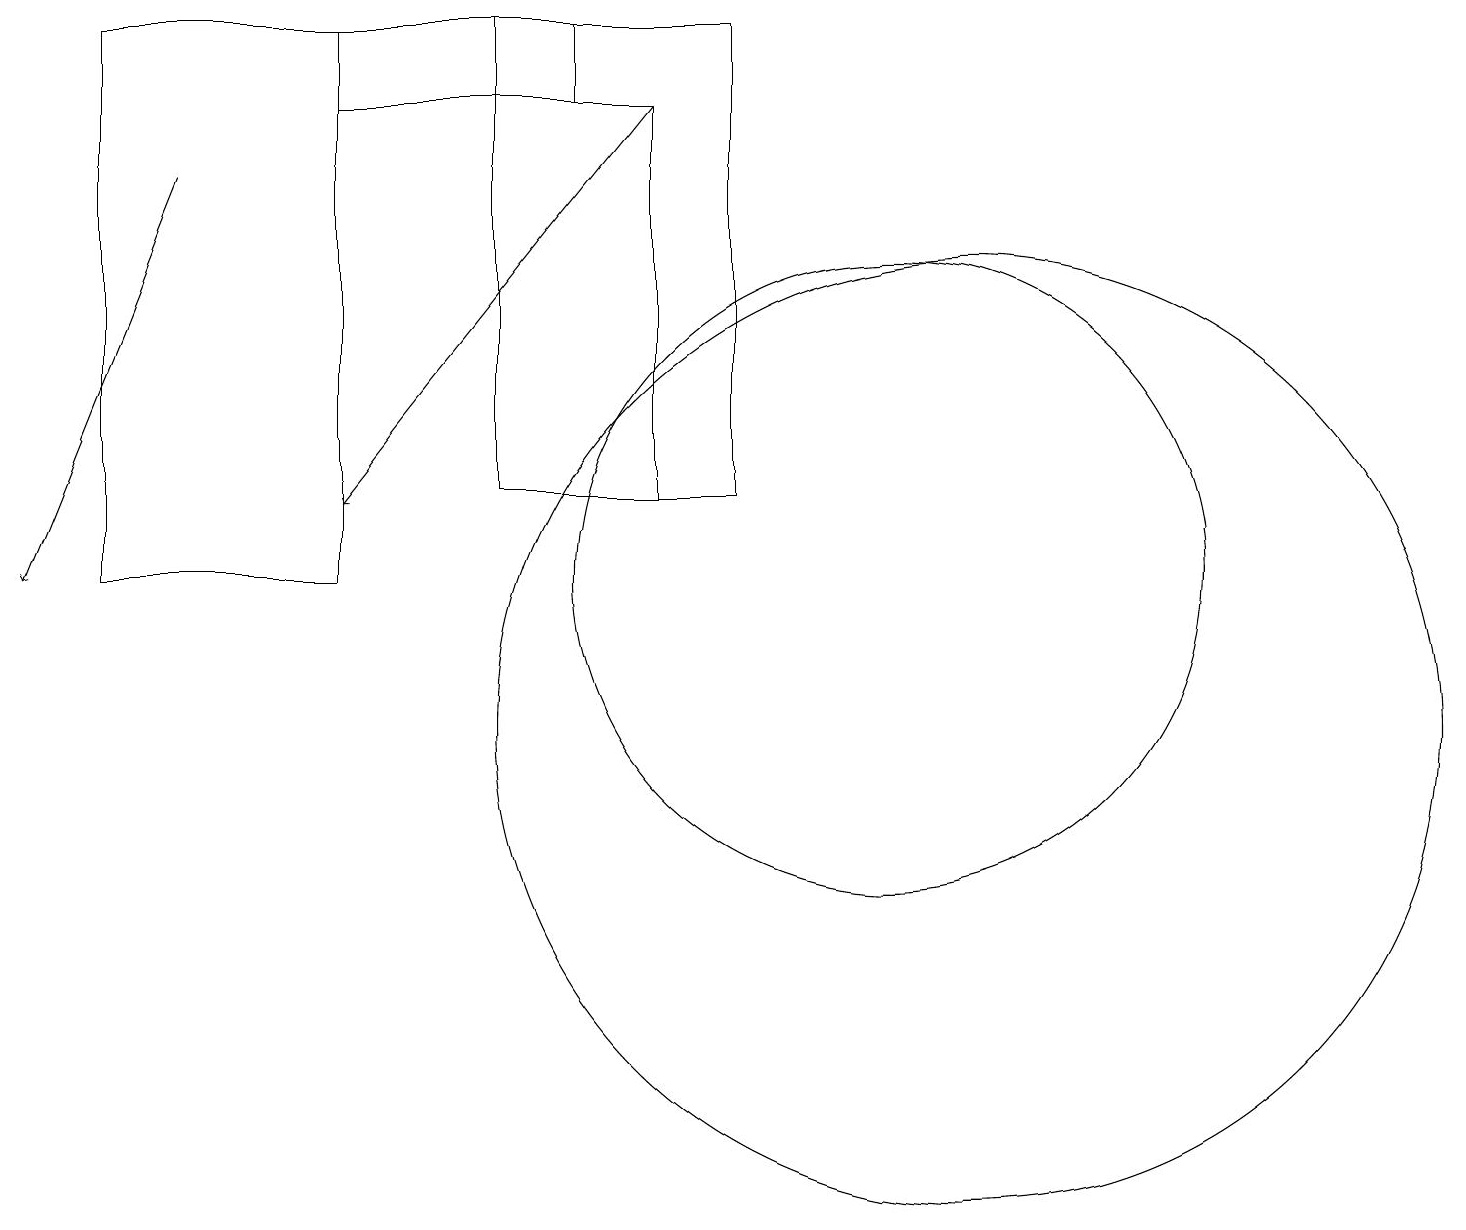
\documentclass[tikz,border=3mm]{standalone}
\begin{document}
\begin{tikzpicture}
\draw (12,10) circle (6);
\draw[->] (8,18) -- (4,13);
\draw (7,19) rectangle (4,18);
\draw[->] (2,17) -- (0,12);
\draw (8,18) rectangle (6,13);
\draw (6,19) rectangle (9,13);
\draw (11,12) circle (4);
\draw (4,19) rectangle (1,12);
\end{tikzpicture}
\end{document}